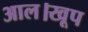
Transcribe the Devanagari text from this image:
आल।खूप